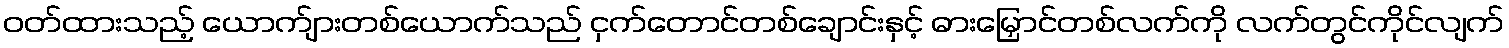
ဝတ်ထားသည့် ယောက်ျားတစ်ယောက်သည် ငှက်တောင်တစ်ချောင်းနှင့် ဓားမြှောင်တစ်လက်ကို လက်တွင်ကိုင်လျက်